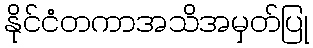
နိုင်ငံတကာအသိအမှတ်ပြု